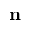
\mathbf { n }